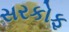
સરકોફ